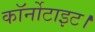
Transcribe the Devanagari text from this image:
कॉर्नोटाइट।